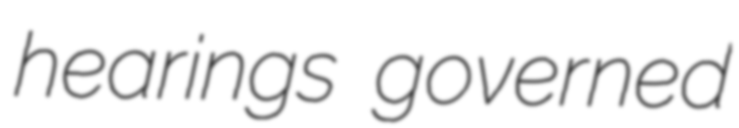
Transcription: hearings governed